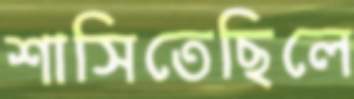
শাসিতেছিলে